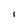
Character: l